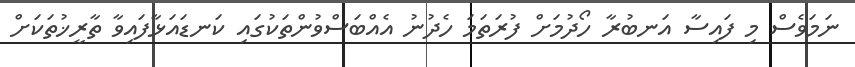
ނަމަވެސް މި ފައިސާ އަނބުރާ ހޯދުމަށް ފުރަތަމަ ހެދުނު އެއްބަސްވުންތަކުގައި ކަނޑައަޅާފައިވާ ތާރީޚުތަކަށް